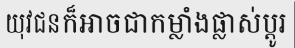
យុវជនក៏អាចជាកម្លាំងផ្លាស់ប្តូរ